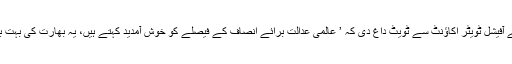
بھارت کی اپوزیشن جماعت کانگریس نے بھی فیصلہ سنے بغیر ہی اپنے آفیشل ٹویٹر اکاؤنٹ سے ٹویٹ داغ دی کہ ’ عالمی عدالت برائے انصاف کے فیصلے کو خوش آمدید کہتے ہیں، یہ بھارت کی بہت بڑی جیت ہے اور ہم کلبھوشن کی جلد از جلد واپسی کے لیے دعا گو ہیں۔